Annual administration and progress report of the Indian Medical Department, Bombay
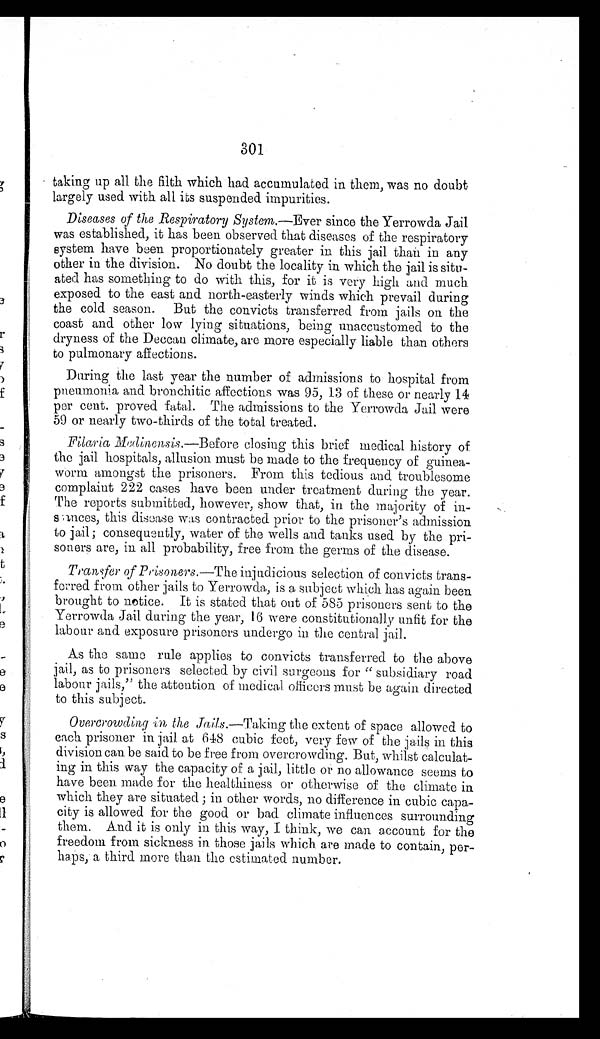
301
taking up all the filth which had accumulated in them, was no doubt
largely used with all its suspended impurities.
Diseases of the Respiratory System.—Ever since the Yerrowda Jail
was established, it has been observed that diseases of the respiratory
system have been proportionately greater in this jail than in any
other in the division. No doubt the locality in which the jail is situ
-ated has something to do with this, for it is very high and much
exposed to the east and north-easterly winds which prevail during
the cold season. But the convicts transferred from jails on the
coast and other low lying situations, being unaccustomed to the
dryness of the Deccan climate, are more especially liable than others
to pulmonary affections.
During the last year the number of admissions to hospital from
pneumonia and bronchitic affections was 95, 13 of these or nearly 14
per cent. proved fatal. The admissions to the Yerrowda Jail were
59 or nearly two-thirds of the total treated.
Filaria Medinensis .—Before closing this brief medical history of
the jail hospitals, allusion must be made to the frequency of guinea
- w o r m a m o n g s t t h e p r i s o n e r s . F r o m t h i s t e d i o u s a n d t r o u b l e s o m e
complaint 222 cases have been under treatment during the year.
The reports submitted, however, show that, in the majority of in
- s a n c e s , t h i s d i s e a s e w a s c o n t r a c t e d p r i o r t o t h e p r i s o n e r ' s a d m i s s i o n
to jail; consequently, water of the wells and tanks used by the pri
- s o n e r s a r e , i n a l l p r o b a b i l i t y , f r e e f r o m t h e g e r m s o f t h e d i s e a s e .
Transfer of Prisoners.—The injudicious selection of convicts trans
- f e r r e d f r o m o t h e r j a i l s t o Y e r r o w d a , i s a s u b j e c t w h i c h h a s a g a i n b e e n
brought to notice. It is stated that out of 585 prisoners sent to the
Yerrowda Jail during the year, 16 were constitutionally unfit for the
labour and exposure prisoners undergo in the central jail.
As the same rule applies to convicts transferred to the above
jail, as to prisoners selected by civil surgeons for "subsidiary road
labour jails," the attention of medical officers must be again directed
to this subject.
Overcrowding in the Jails. —Taking the extent of space allowed to
each prisoner in jail at 648 cubic feet, very few of the jails in this
division can be said to be free from overcrowding. But, whilst calculat
- i n g i n t h i s w a y t h e c a p a c i t y o f a j a i l , l i t t l e o r n o a l l o w a n c e s e e m s t o
have been made for the healthiness or otherwise of the climate in
which they are situated ; in other words, no difference in cubic capa-
city is allowed for the good or bad climate influences surrounding
them. And it is only in this way, I think, we can account for the
freedom from sickness in those jails which are made to contain, per
- h a p s , a t h i r d m o r e t h a n t h e e s t i m a t e d n u m b e r .